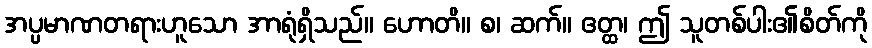
အပ္ပမာဏတရားဟူသော အာရုံရှိသည်။ ဟောတိ။ စ၊ ဆက်။ ဧတ္ထ၊ ဤ သူတစ်ပါး၏စိတ်ကို